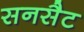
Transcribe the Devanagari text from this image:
सनसैट